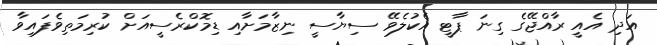
އަދި އެއީ ރާއްޖޭގެ ގިނަ ޕާޓީ އެކުލެވޭ ސިޔާސީ ނިޒާމަށާއި ޑިމޮކްރެސީއަށް ކުރިމަތިވެފައިވާ